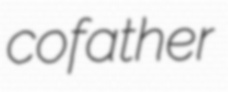
cofather